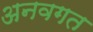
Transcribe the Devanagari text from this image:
अनवगत